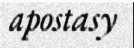
apostasy